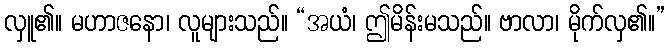
လှူ၏။ မဟာဇနော၊ လူများသည်။ “အယံ၊ ဤမိန်းမသည်။ ဗာလာ၊ မိုက်လှ၏။”